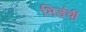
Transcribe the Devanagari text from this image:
भिडंची